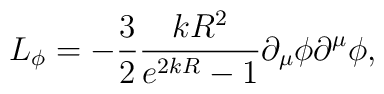
L_\phi = -\frac{3}{2}\frac{kR^2}{ e^{2kR}-1}  \partial_\mu \phi\partial^\mu\phi,